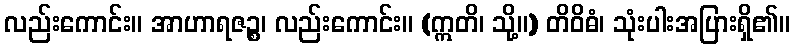
လည်းကောင်း။ အာဟာရဇဉ္စ၊ လည်းကောင်း။ (ဣတိ၊ သို့။) တိဝိဓံ၊ သုံးပါးအပြားရှိ၏။